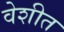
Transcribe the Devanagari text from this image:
वेशीत